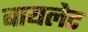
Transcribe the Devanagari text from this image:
बायलेट